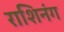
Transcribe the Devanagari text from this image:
राशिनंग